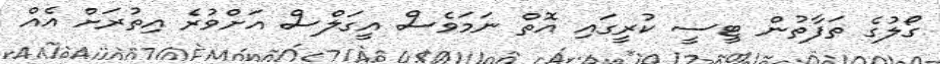
ގޯލުގެ ތަފާތުން ޓީސީ ކުރީގައި އޮތް ނަމަވެސް އީގަލްސް އަށްވުރެ އިތުރަށް އެއް